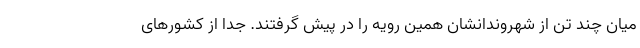
میان چند تن از شهروندانشان همین رویه را در پیش گرفتند. جدا از کشورهای